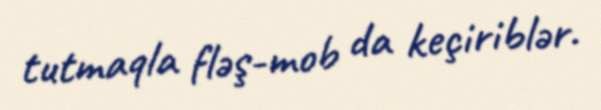
tutmaqla fləş-mob da keçiriblər.